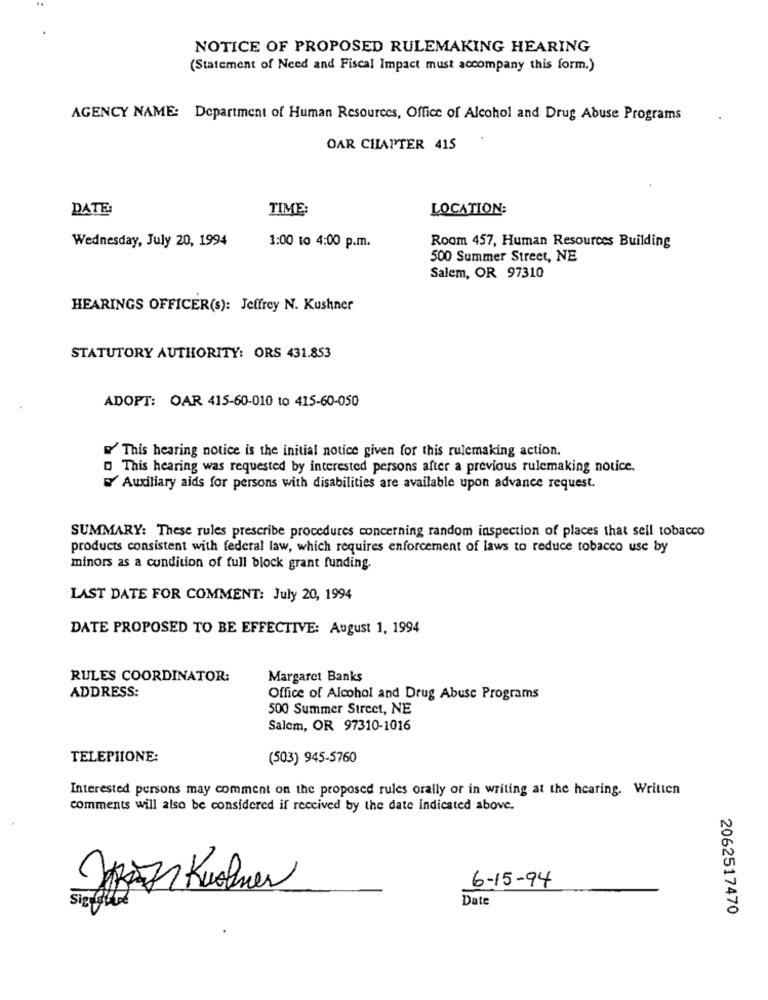
NOTICE OF PROPOSED RULEMAKING HEARING
(Statement of Need and Fiscal Impact must accompany this form.)
AGENCY NAME: Department of Human Resources, Office of Alcohol and Drug Abuse Programs
OAR CHAPTER 415
DATE
TIME:
LOCATION:
Wednesday, July 20, 1994
1:00 to 4:00 p.m.
Room 457, Human Resources Building
500 Summer Street, NE
Salem, OR 97310
HEARINGS OFFICER(s): Jeffrey N. Kushner
STATUTORY AUTHORITY: ORS 431.853
ADOPT: OAR 415-60-010 to 415-60-050
This hearing notice is the initial notice given for this rulemaking action.
This hearing was requested by interested persons after a previous rulemaking notice.
Auxiliary aids for persons with disabilities are available upon advance request.
SUMMARY: These rules prescribe procedures concerning random inspection of places that sell tobacco
products consistent with federal law, which requires enforcement of laws to reduce tobacco use by
minors as a condition of full block grant funding.
LAST DATE FOR COMMENT: July 20, 1994
DATE PROPOSED TO BE EFFECTIVE: August 1, 1994
RULES COORDINATOR:
Margaret Banks
ADDRESS:
Office of Alcohol and Drug Abuse Programs
500 Summer Street, NE
Salem, OR 97310-1016
TELEPHONE:
(503) 945-5760
Interested persons may comment on the proposed rules orally or in writing at the hearing. Written
comments will also be considered if received by the date indicated above.
6-15-94
Ja7 Kroner
Date
Sig Alle
2062517470